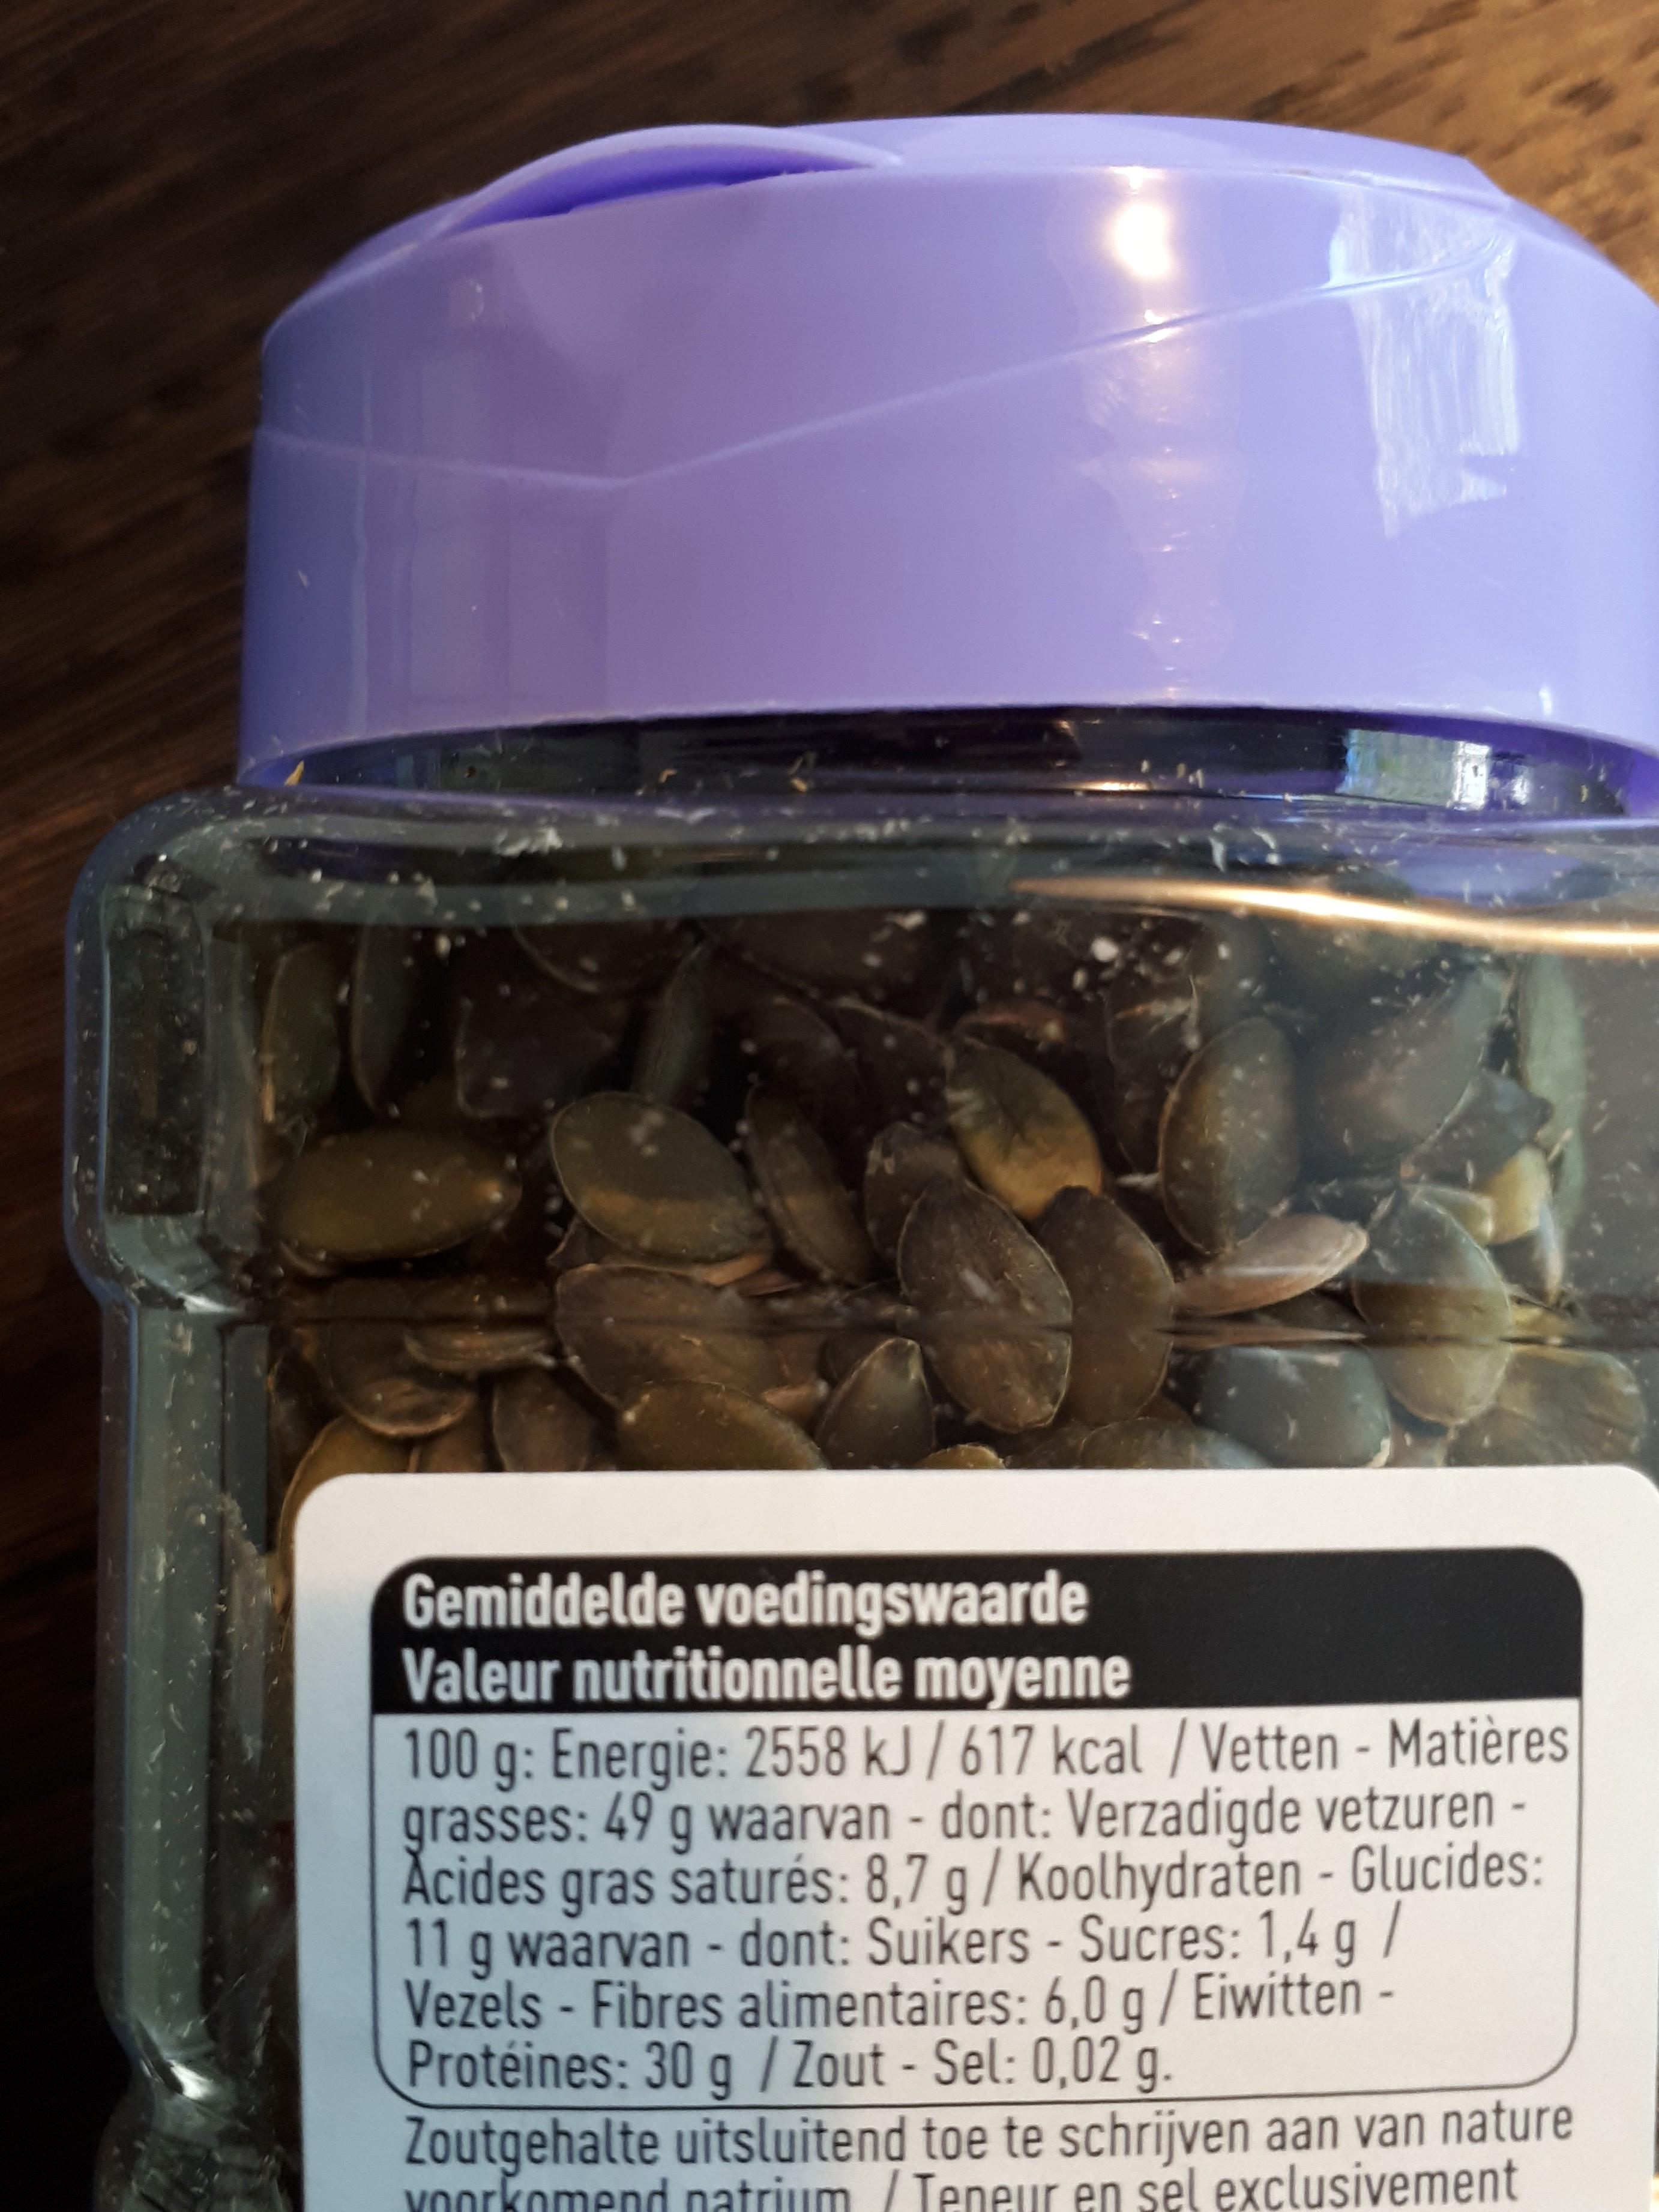
Gemiddelde voedingswaarde Valeur nutritionnelle moyenne
100 g: Energie: 2558 kJ/617 kcal/Vetten - Matières grasses: 49 g waarvan - dont: Verzadigde vetzuren - Acides gras saturés: 8,7 g / Koolhydraten - Glucides: 11 g waarvan - dont: Suikers - Sucres: 1,4 g / Vezels - Fibres alimentaires: 6,0 g/Eiwitten - Protéines: 30 g / Zout - Sel: 0,02 g.
Zoutgehalte uitsluitend toe te schrijven aan van nature voorkomend natrium/Teneur en sel exclusivement